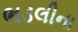
ભડલીના